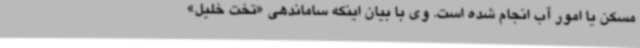
مسکن یا امور آب انجام شده است. وی با بیان اینکه ساماندهی «تخت خلیل»